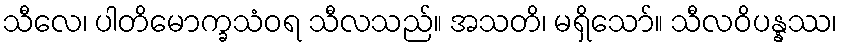
သီလေ၊ ပါတိမောက္ခသံဝရ သီလသည်။ အသတိ၊ မရှိသော်။ သီလဝိပန္နဿ၊